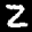
Label: 2